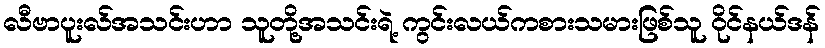
လီဗာပူးလ်အသင်းဟာ သူတို့အသင်းရဲ့ ကွင်းလယ်ကစားသမားဖြစ်သူ ဝိုင်နယ်ဒန်